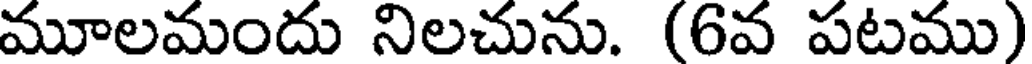
మూలమందు నిలచును. (6వ పటము)